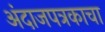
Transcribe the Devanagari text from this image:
अंदाजपत्रकाचा